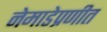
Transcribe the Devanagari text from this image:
नेमाडेप्रणीत